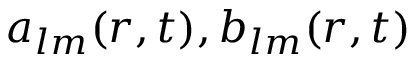
a _ { l m } ( r , t ) , b _ { l m } ( r , t )